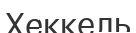
Хеккель